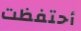
أحتفظت